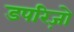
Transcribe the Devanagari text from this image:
डपरिज़ो